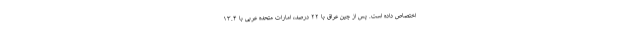
اختصاص داده است. پس از چین عراق با ۲۲ درصد، امارات متحده عربی با ۱۳.۴